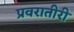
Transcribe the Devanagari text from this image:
प्रवरातीरी